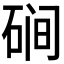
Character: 𰧃